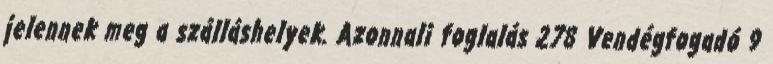
jelennek meg a szálláshelyek. Azonnali foglalás 278 Vendégfogadó 9